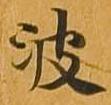
波